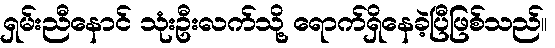
ရှမ်းညီနောင် သုံးဦးလက်သို့ ရောက်ရှိနေခဲ့ပြီဖြစ်သည်။